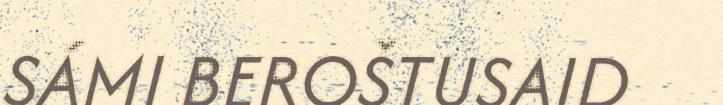
SÁMI BEROŠTUSAID